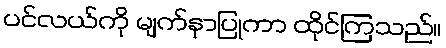
ပင်လယ်ကို မျက်နှာပြုကာ ထိုင်ကြသည်။